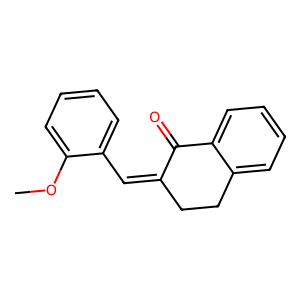
SMILES: COc1ccccc1C=C1CCc2ccccc2C1=O
Inhibits HIV replication: No